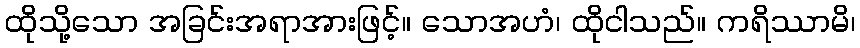
ထိုသို့သော အခြင်းအရာအားဖြင့်။ သောအဟံ၊ ထိုငါသည်။ ကရိဿာမိ၊